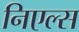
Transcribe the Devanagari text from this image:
निएल्स